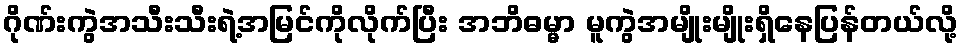
ဂိုဏ်းကွဲအသီးသီးရဲ့အမြင်ကိုလိုက်ပြီး အဘိဓမ္မာ မူကွဲအမျိုးမျိုးရှိနေပြန်တယ်လို့